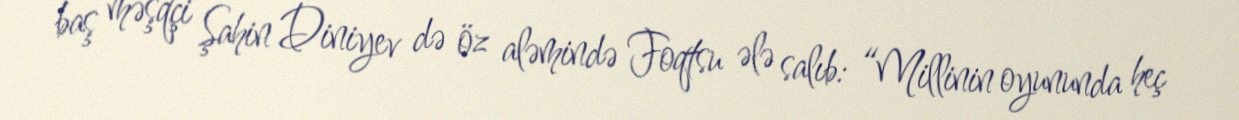
baş məşqçi Şahin Diniyev də öz aləmində Foqtsu ələ salıb: “Millinin oyununda heç